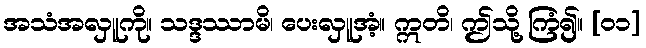
အသံအလှူကို။ သဒ္ဒဿာမိ၊ ပေးလှူအံ့။ ဣတိ၊ ဤသို့ ကြံ၍။ [၀၁]